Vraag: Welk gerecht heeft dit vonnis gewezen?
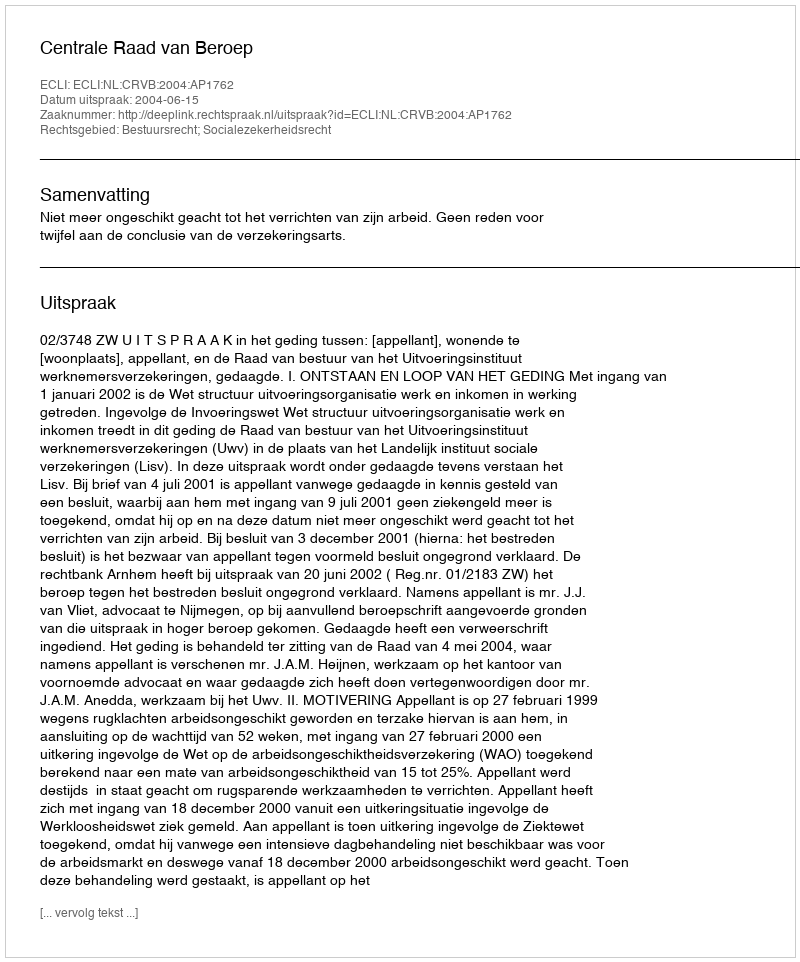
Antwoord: Centrale Raad van Beroep